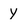
Character: Y